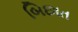
બિછાત